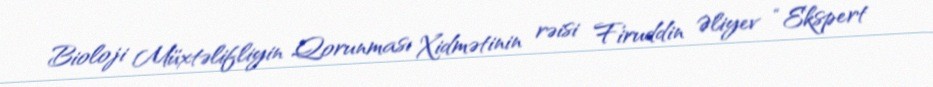
Bioloji Müxtəlifliyin Qorunması Xidmətinin rəisi Firuddin Əliyev “Ekspert